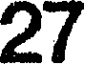
27